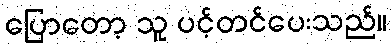
ပြောတော့ သူ ပင့်တင်ပေးသည်။